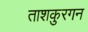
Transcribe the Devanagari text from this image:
ताशकुरगन